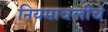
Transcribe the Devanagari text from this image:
नियमावलींचे